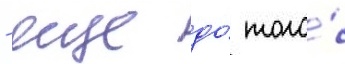
- еще до́ того́